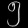
Digit: ၅